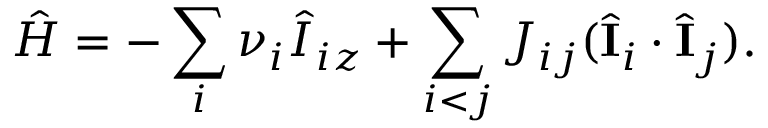
\hat { H } = - \sum _ { i } \nu _ { i } \hat { I } _ { i z } + \sum _ { \substack { i < j } } J _ { i j } ( \hat { \mathbf { I } } _ { i } \cdot \hat { \mathbf { I } } _ { j } ) .